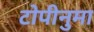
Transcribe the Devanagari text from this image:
टोपीनुमा